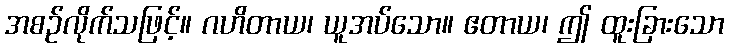
အစဉ်လိုက်သဖြင့်။ ဂဟိတာယ၊ ယူအပ်သော။ ဧတာယ၊ ဤ ထူးခြားသော